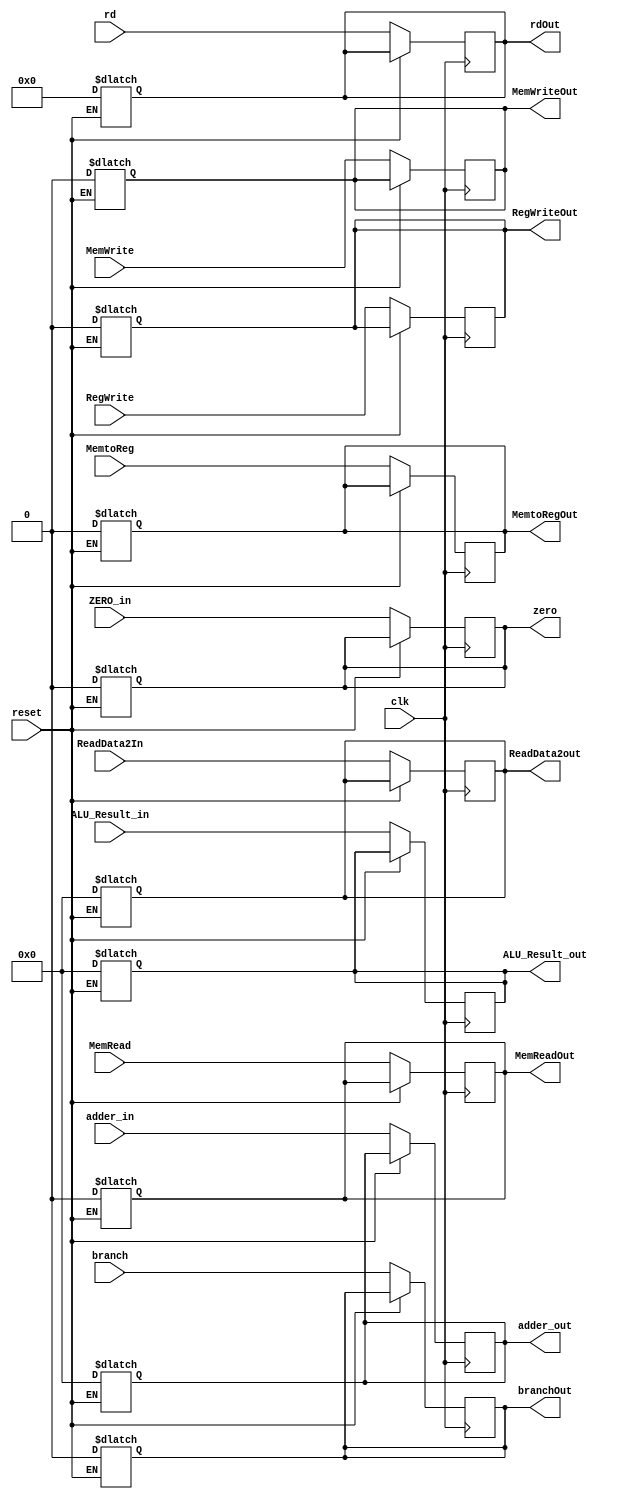
module EXMEM(
input clk,
input reset,
input [63:0] adder_in,
input ZERO_in, 
input [63:0] ALU_Result_in,
input [63:0] ReadData2In,
input [4:0] rd,
input MemtoReg,RegWrite, branch, MemRead,MemWrite,

output reg [63:0] adder_out,

output reg [63:0] ALU_Result_out,
output reg [63:0] ReadData2out,
output reg [4:0] rdOut,
output reg zero,
output reg MemtoRegOut, RegWriteOut, branchOut, MemReadOut, MemWriteOut
);

always @(posedge clk)
begin
    if (reset==1'b0)
    begin
    adder_out=  adder_in;
    ALU_Result_out= ALU_Result_in;
    ReadData2out= ReadData2In;
    rdOut=rd;
    zero=ZERO_in;
    MemtoRegOut=MemtoReg;
    RegWriteOut=RegWrite;
    branchOut=branch;
    MemReadOut= MemRead;
    MemWriteOut=MemWrite;
    
    end
end
always@(reset)
begin
    if (reset==1'b1)
    begin
    adder_out=  64'b0;
    ALU_Result_out= 64'b0;
    ReadData2out= 64'b0;
    rdOut=5'b0;
    zero=1'b0;
    MemtoRegOut=1'b0;
    RegWriteOut=1'b0;
    branchOut=1'b0;
    MemReadOut= 1'b0;
    MemWriteOut=1'b0;
    end
end
endmodule